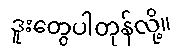
ဒူးတွေပါတုန်လို့။